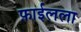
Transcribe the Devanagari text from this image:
फ़ाईलला